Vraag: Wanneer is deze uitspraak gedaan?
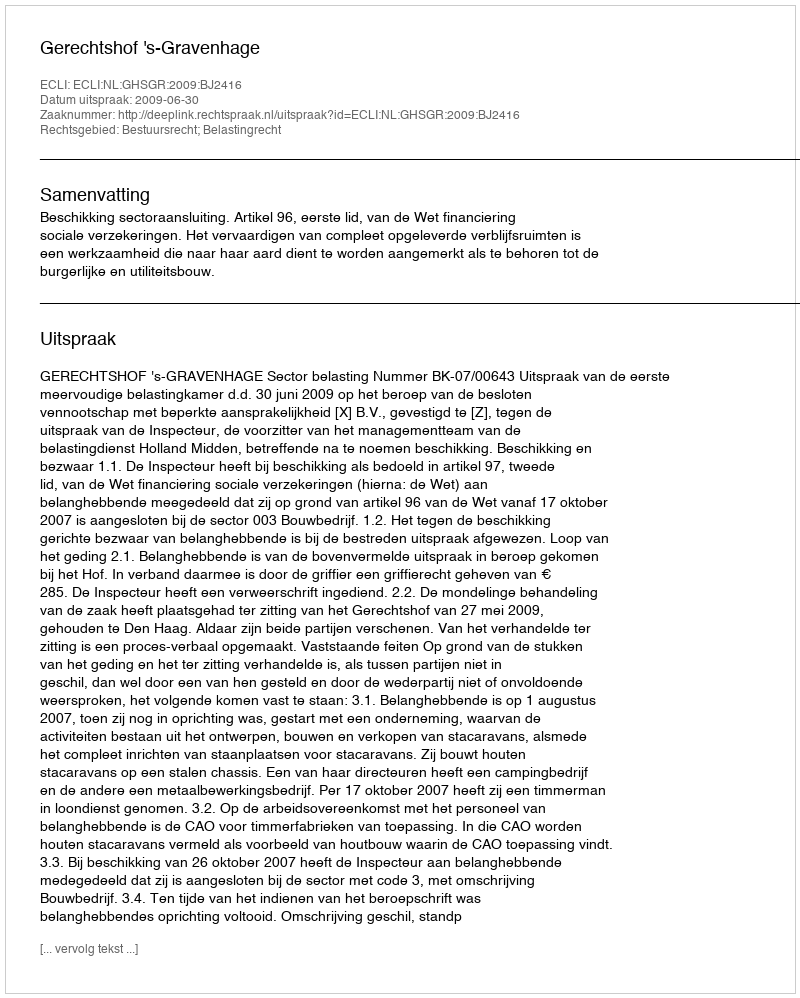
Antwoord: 2009-06-30